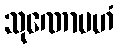
သုဏောမဟံ